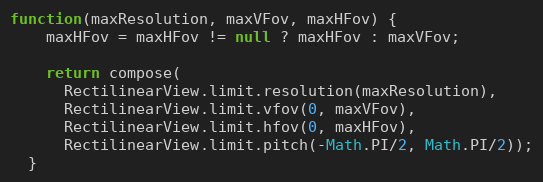
Language: JavaScript
function(maxResolution, maxVFov, maxHFov) {
    maxHFov = maxHFov != null ? maxHFov : maxVFov;

    return compose(
      RectilinearView.limit.resolution(maxResolution),
      RectilinearView.limit.vfov(0, maxVFov),
      RectilinearView.limit.hfov(0, maxHFov),
      RectilinearView.limit.pitch(-Math.PI/2, Math.PI/2));
  }